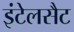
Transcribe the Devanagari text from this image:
इंटेलसैट